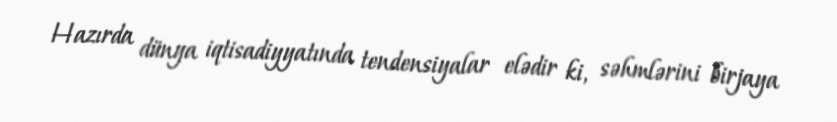
Hazırda dünya iqtisadiyyatında tendensiyalar elədir ki, səhmlərini birjaya